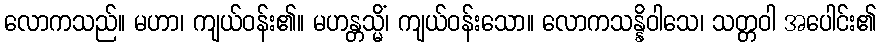
လောကသည်။ မဟာ၊ ကျယ်ဝန်း၏။ မဟန္တသ္မိံ၊ ကျယ်ဝန်းသော။ လောကသန္နိဝါသေ၊ သတ္တဝါ အပေါင်း၏